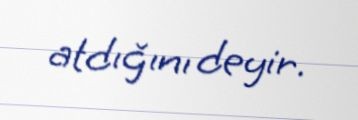
atdığını deyir.